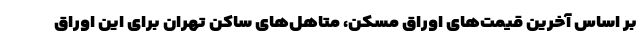
بر اساس آخرین قیمت‌های اوراق مسکن، متاهل‌های ساکن تهران برای این اوراق